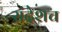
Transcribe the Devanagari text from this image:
संदेशच